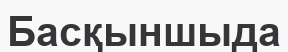
Басқыншыда